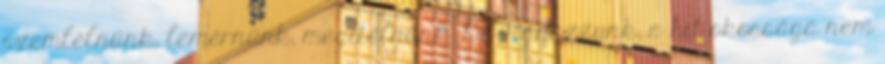
szemlélnünk, lemérnünk, megítélnünk. De vigyázzunk, a hit okossága nem